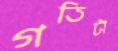
গতিটা